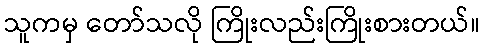
သူကမှ တော်သလို ကြိုးလည်းကြိုးစားတယ်။